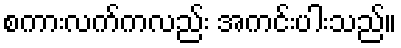
စကားလက်ကလည်း အကင်းပါးသည်။